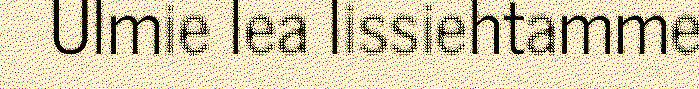
Ulmie lea lissiehtamme